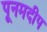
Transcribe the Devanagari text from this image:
पूनमदीप